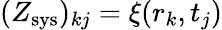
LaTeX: (Z_{\mathrm{sys}})_{kj}=\xi(r_{k},t_{j})